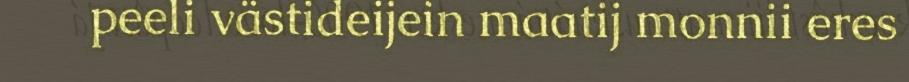
peeli västideijein maatij monnii eres